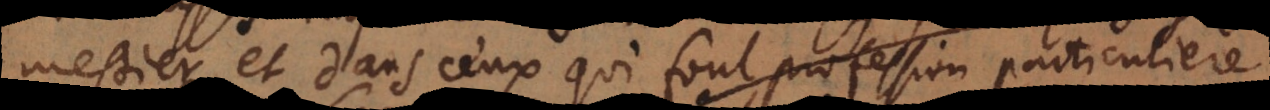
mestier, et dans ceux qui font profession particuliere